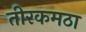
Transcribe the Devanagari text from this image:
तीरकमठा